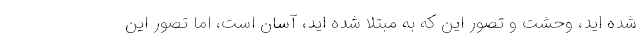
شده اید، وحشت و تصور این که به مبتلا شده اید، آسان است، اما تصور این